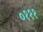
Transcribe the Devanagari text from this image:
०१११